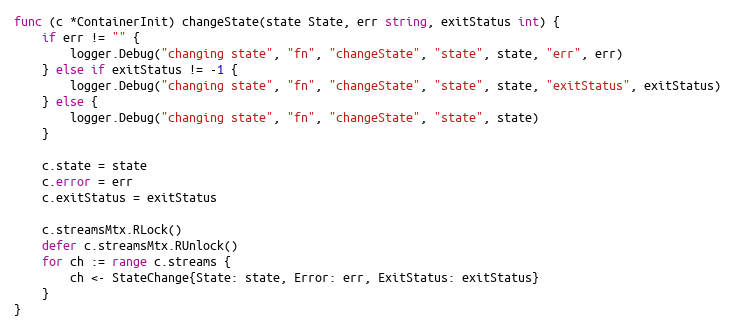
Language: Go
func (c *ContainerInit) changeState(state State, err string, exitStatus int) {
	if err != "" {
		logger.Debug("changing state", "fn", "changeState", "state", state, "err", err)
	} else if exitStatus != -1 {
		logger.Debug("changing state", "fn", "changeState", "state", state, "exitStatus", exitStatus)
	} else {
		logger.Debug("changing state", "fn", "changeState", "state", state)
	}

	c.state = state
	c.error = err
	c.exitStatus = exitStatus

	c.streamsMtx.RLock()
	defer c.streamsMtx.RUnlock()
	for ch := range c.streams {
		ch <- StateChange{State: state, Error: err, ExitStatus: exitStatus}
	}
}